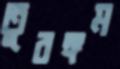
তুরঙ্গম